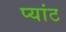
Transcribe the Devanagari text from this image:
प्यांट